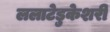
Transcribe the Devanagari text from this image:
ललाटेडुकेशरी